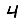
Digit: 4